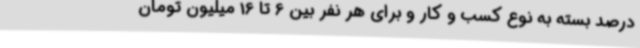
درصد بسته به نوع کسب و کار و برای هر نفر بین 6 تا 16 میلیون تومان